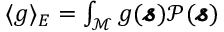
\begin{array} { r } { \langle g \rangle _ { E } = \int _ { \mathcal { M } } g ( \pmb { \mathscr { s } } ) \mathscr { P } ( \pmb { \mathscr { s } } ) } \end{array}